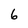
Character: 6